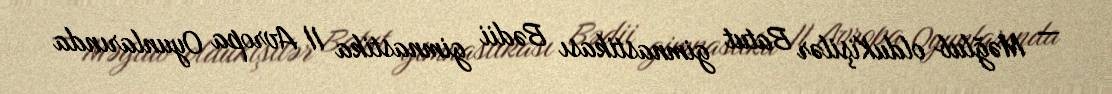
— Məğlub olduKişilər Batut gimnastikası Bədii gimnastika II Avropa Oyunlarında